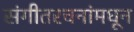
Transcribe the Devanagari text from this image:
संगीतरचनांमधून